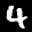
Label: 4